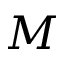
M